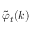
\displaystyle { \tilde { \varphi } } _ { t } ( k )